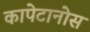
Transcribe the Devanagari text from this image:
कापेटानोस